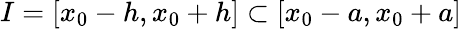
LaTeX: I=[x_{0}-h,x_{0}+h]\subset[x_{0}-a,x_{0}+a]